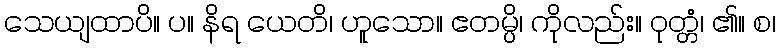
သေယျထာပိ။ ပ။ နိရ ယေတိ၊ ဟူသော။ ဧတမ္ပိ၊ ကိုလည်း။ ဝုတ္တံ၊ ၏။ စ၊